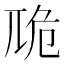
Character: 卼